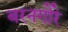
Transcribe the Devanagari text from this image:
बरनगोरे